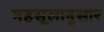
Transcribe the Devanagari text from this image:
महसूलानुसार